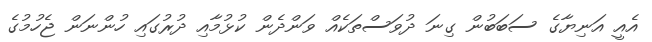
އެއީ އަނިޔާގެ ސަބަބުން ގިނަ ދުވަސްތަކެއް ވަންދެން ކުޅުމާއި ދުރުގައި ހުންނަން ޖެހުމުގެ